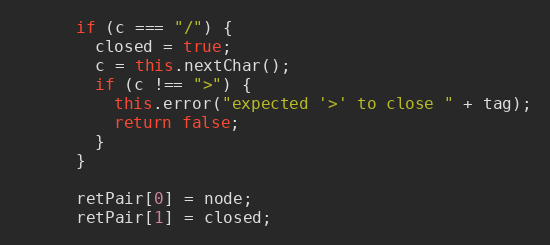
Language: JavaScript
      if (c === "/") {
        closed = true;
        c = this.nextChar();
        if (c !== ">") {
          this.error("expected '>' to close " + tag);
          return false;
        }
      }

      retPair[0] = node;
      retPair[1] = closed;